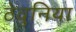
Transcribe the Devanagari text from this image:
ठेवुनिया